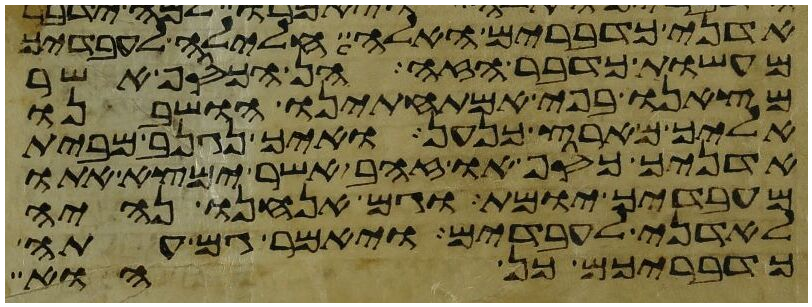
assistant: אדני כדברים האלה חלילה לעבדיך
מעשות כדבר הזה הן הכסף אשר
מצאנו בפי אמתחתינו הושבנו
אליך מארץ כנען ואיך נגנב מבית
אדניך כסף או זהב אשר ימצא אתו
מעבדיך יומת וגם אנחנו נהיה
לאדני לעבדים ויאמר גם עתה
כדבריכם כן הוא